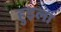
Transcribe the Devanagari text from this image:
हुइला